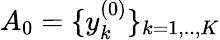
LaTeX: \textit{A}_{0}=\{ y_{k}^{(0)}\} _{k=1,..,K}